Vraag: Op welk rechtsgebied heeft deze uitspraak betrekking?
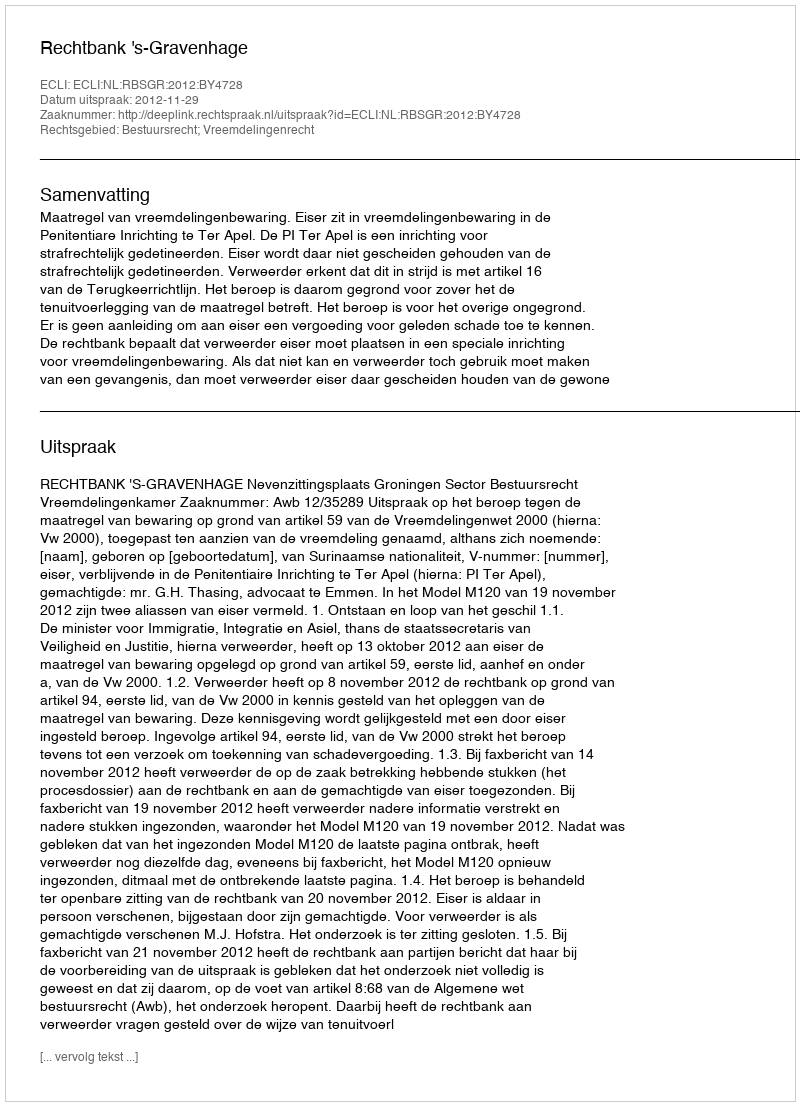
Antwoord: Bestuursrecht; Vreemdelingenrecht